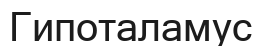
Гипоталамус